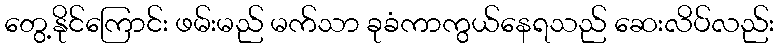
တွေ့နိုင်ကြောင်း ဖမ်းမည် မက်သာ ခုခံကာကွယ်နေရသည် ဆေးလိပ်လည်း